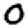
Digit: 0